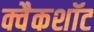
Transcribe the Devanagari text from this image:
क्वैकशॉट